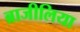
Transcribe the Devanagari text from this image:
ब्राजीलिया